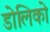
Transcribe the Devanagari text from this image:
डोलिको